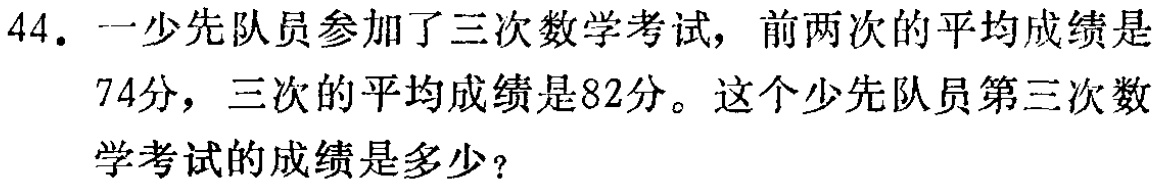
44. 一少先队员参加了三次数学考试，前两次的平均成绩是

74分，三次的平均成绩是82分。这个少先队员第三次数

学考试的成绩是多少？